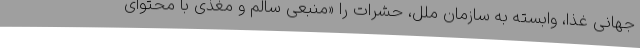
جهانی غذا، وابسته به سازمان ملل، حشرات را «منبعی سالم و مغذی با محتوای